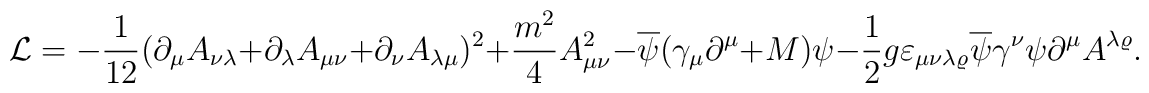
{\cal L} =-\frac{1}{12} (\partial_\mu     A_{\nu    \lambda}+  \partial_\lambda A_{\mu    \nu    }+  \partial_\nu     A_{\lambda\mu    })^2+\frac{m^2}{4} A_{\mu\nu}^2-\overline{\psi}(\gamma_\mu\partial^\mu+M)\psi-\frac{1}{2}g\varepsilon_{\mu\nu\lambda\varrho} \overline{\psi}\gamma^\nu\psi\partial^\mu A^{\lambda\varrho}.